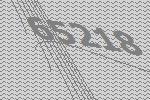
65218